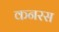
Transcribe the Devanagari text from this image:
कनरस